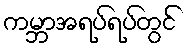
ကမ္ဘာအရပ်ရပ်တွင်